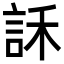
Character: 訸